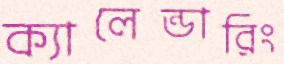
ক্যালেন্ডারিং